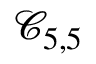
\mathcal { C } _ { 5 , 5 }